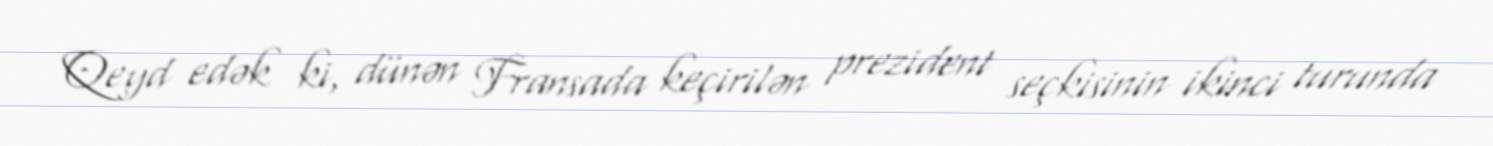
Qeyd edək ki, dünən Fransada keçirilən prezident seçkisinin ikinci turunda